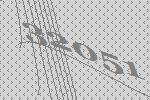
32051